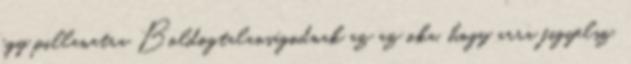
egy pillanatra Boldogtalanságodnak az az oka, hogy arra figyelsz,